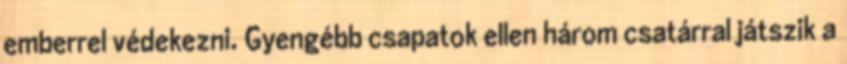
emberrel védekezni. Gyengébb csapatok ellen három csatárral játszik a